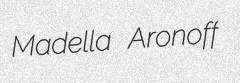
Madella Aronoff